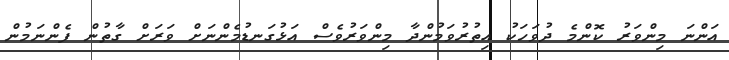
އަންނަ މިންވަރު ކޮންމެ ދުވަހަކު އިތުރުވަމުންދާ މިންވަރުވެސް އަޅުގަނޑުމެންނަށް ވަރަށް ގާތުން ފެންނަމުން